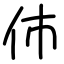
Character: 伂